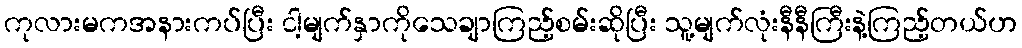
ကုလားမကအနားကပ်ပြီး ငါ့မျက်နှာကိုသေချာကြည့်စမ်းဆိုပြီး သူ့မျက်လုံးနီနီကြီးနဲ့ကြည့်တယ်ဟ